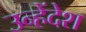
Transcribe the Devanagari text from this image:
उन्हेंदेश